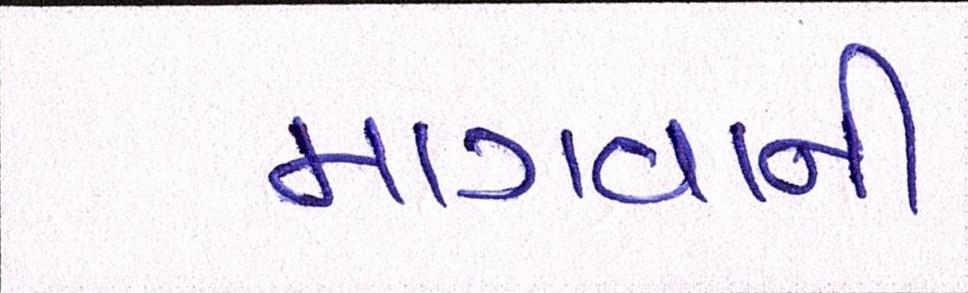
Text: માગવાની